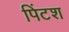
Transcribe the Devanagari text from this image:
पिंटश